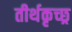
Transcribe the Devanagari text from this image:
तीर्थकृच्छ्र